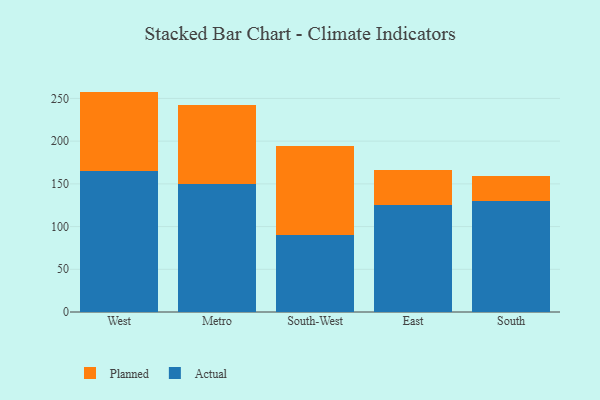
{"axis": {"x": "Region", "y": "Page Views"}, "legend": ["Actual", "Planned"], "data": [{"x": "West", "y": 165.0, "type": "Actual"}, {"x": "West", "y": 93.0, "type": "Planned"}, {"x": "Metro", "y": 150.3, "type": "Actual"}, {"x": "Metro", "y": 91.8, "type": "Planned"}, {"x": "South-West", "y": 90.1, "type": "Actual"}, {"x": "South-West", "y": 104.7, "type": "Planned"}, {"x": "East", "y": 125.4, "type": "Actual"}, {"x": "East", "y": 40.3, "type": "Planned"}, {"x": "South", "y": 130.1, "type": "Actual"}, {"x": "South", "y": 28.7, "type": "Planned"}]}